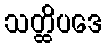
သတ္ထိပဒေ